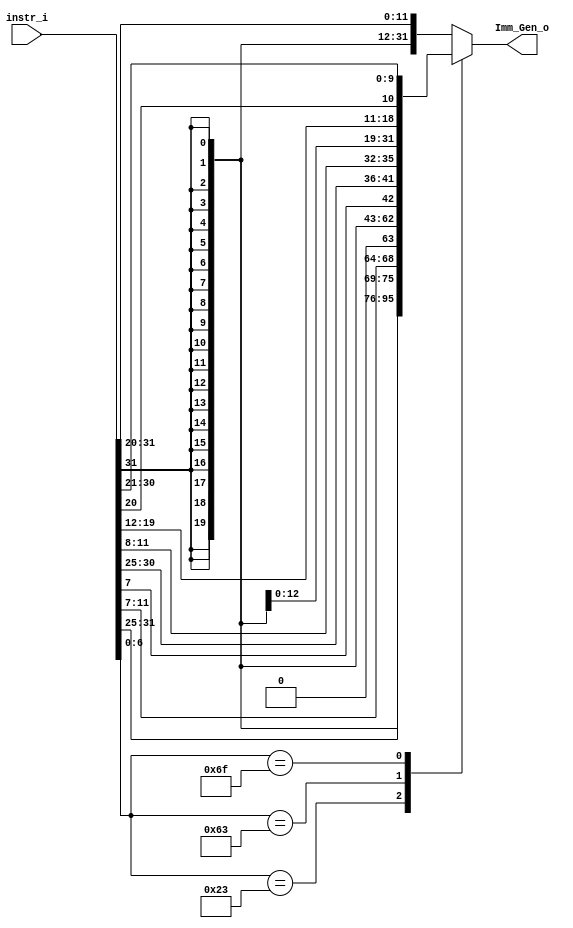
/***************************************************
Student Name:  Ia
Student ID: 0816137 0716241
***************************************************/

`timescale 1ns/1ps

module Imm_Gen(
	input  [31:0] instr_i,
	output [31:0] Imm_Gen_o
	);

/* Write your code HERE */
reg [31:0] temp;
assign Imm_Gen_o=temp;

always@(*)
begin
	case (instr_i[6:0])
		7'b0000011://i-type lw
			temp={ {21{instr_i[31]}}	,	instr_i[30:20]	};
		7'b0100011://S-type sw
			temp={ {21{instr_i[31]}}, instr_i[30:25], instr_i[11:7] };
		7'b1100011://sb-type beq bne blt bge
			temp={ {20{instr_i[31]}}	,	instr_i[7]	,	instr_i[30:25]	,	instr_i[11:8] };
		7'b1101111://jal
			temp={ {13{instr_i[31]}}, instr_i[19:12], instr_i[20], instr_i[30:21]};
		default://r-type
			temp={ {21{instr_i[31]}} ,	instr_i[30:20] };//r-type add sub and xor slt
	endcase
end		
endmodule